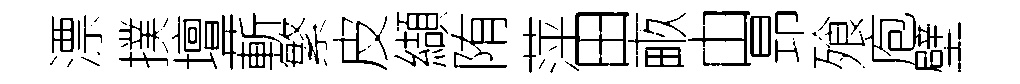
漂撲壇蔪繁皮纈陏萍田畞由昻飱庖壁